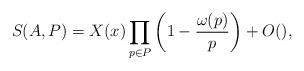
LaTeX: \begin{align*} S(A, P) = X(x)\prod_{p \in P}\left(1 - \frac{\omega(p)}{p}\right) + O(), \end{align*}